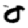
Digit: 0